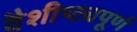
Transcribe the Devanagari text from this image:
वैशीष्ट्यपूर्ण